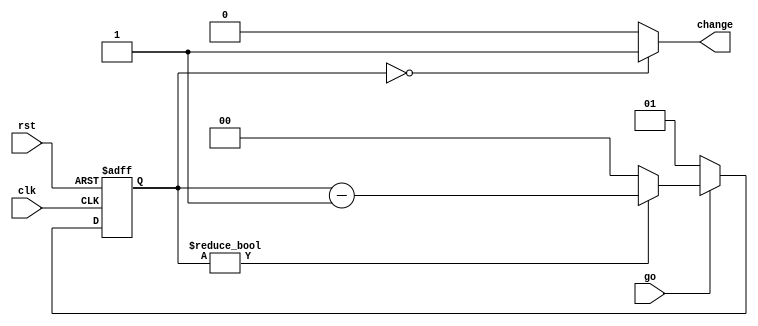

`timescale 100ps/1ps
module count (go, change, clk, rst);

    output         change;
    input          go;
    input          clk;
    input          rst;

    reg    [1:0]   count;

	assign change = (count == 0) ? 1 : 0 ;
    

    always @(posedge clk or posedge rst) begin
      if(rst) begin
			count <= 2'd1;
			end
		else begin
		if(go)begin
			if(count!=0)begin
				count <= count - 2'd1;
				end 
				else begin
				count <= 2'd0;
					end
			end 
		else begin
			count <= 2'd1;
			end
		end
    end//rst
		

endmodule